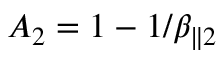
A _ { 2 } = 1 - 1 / \beta _ { \parallel 2 }